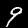
Digit: 9